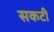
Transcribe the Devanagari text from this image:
सकटी